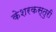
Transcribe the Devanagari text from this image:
केशरकस्तुरी